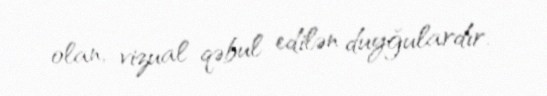
olan, vizual qəbul edilən duyğulardır.